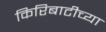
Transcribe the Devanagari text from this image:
किरिबाटीच्या